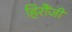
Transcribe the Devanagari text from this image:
हिरौंजी